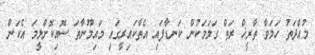
މުއްދަތު ހަމަވާ ތާރީޚް ރަތް ގަލަމަކުން ކަނޑާފައި އެތާކައިރީގައި މައިމޫނާތަ ސޮއިކޮށްލީމަ އެކަން